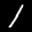
Label: 1